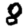
Digit: 8